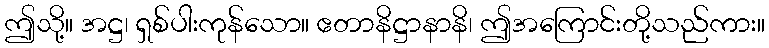
ဤသို့။ အဋ္ဌ၊ ရှစ်ပါးကုန်သော။ ဧတာနိဋ္ဌာနာနိ၊ ဤအကြောင်းတို့သည်ကား။